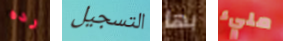
رده التسجيل بها مليء